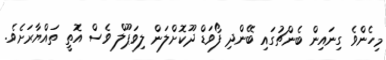
މިހެންވެ ގިނައިން ބެންޗުގައި ބޭންދި ފޯވަޑް ދޫކޮށްލަން ލިވަޕޫލް ވެސް އޮތީ ތައްޔާރަށެވެ.